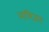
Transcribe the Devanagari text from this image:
आयिजन